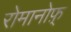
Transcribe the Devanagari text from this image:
रोमानोफ़्